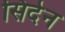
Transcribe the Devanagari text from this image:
सिदेन